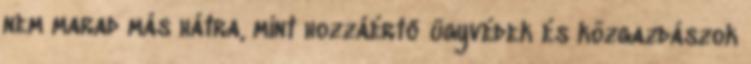
nem marad más hátra, mint hozzáértő ügyvédek és közgazdászok